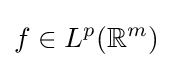
f\in L^{p}(\mathbb {R} ^{m})